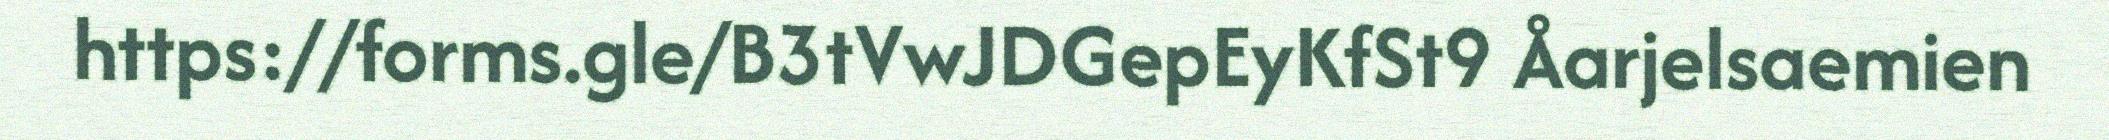
https://forms.gle/B3tVwJDGepEyKfSt9 Åarjelsaemien